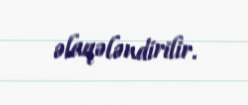
əlaqələndirilir.